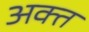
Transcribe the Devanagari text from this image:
अक्त